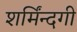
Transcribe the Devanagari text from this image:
शर्मिंन्दगी